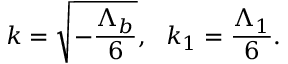
k = \sqrt { - \frac { \Lambda _ { b } } { 6 } } , \ \ k _ { 1 } = \frac { \Lambda _ { 1 } } { 6 } .